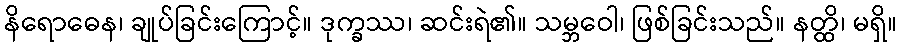
နိရောဓေန၊ ချုပ်ခြင်းကြောင့်။ ဒုက္ခဿ၊ ဆင်းရဲ၏။ သမ္ဘဝေါ၊ ဖြစ်ခြင်းသည်။ နတ္ထိ၊ မရှိ။